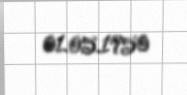
01.05.1950